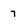
Character: 7